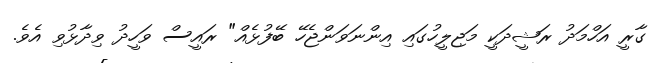
ގާރީ އަހްމަދު ރަޝީދަކީ މަޖިލީހުގައި އިންނަވަންޖެހޭ ބޭފުޅެއް" ރައީސް ވަހީދު ވިދާޅުވި އެވެ.